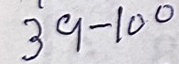
39 - 100